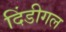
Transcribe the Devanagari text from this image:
दिंडीगल